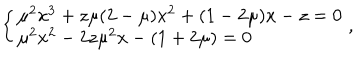
\left\{ \left\{ \begin{cases} { { { \mu } ^ { 2 } x ^ { 3 } + z \mu ( 2 - \mu ) x ^ { 2 } + ( 1 - 2 \mu ) x - z = 0 } } \\ { { { \mu } ^ { 2 } x ^ { 2 } - 2 z { \mu } ^ { 2 } x - ( 1 + 2 \mu ) = 0 } } \\ \end{cases} \right. \right. ,